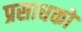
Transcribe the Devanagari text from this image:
प्रसाधकों